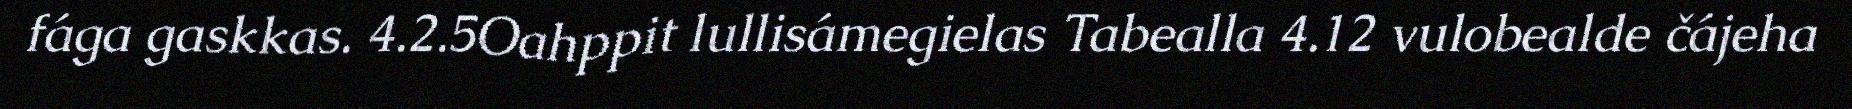
fága gaskkas. 4.2.5Oahppit lullisámegielas Tabealla 4.12 vulobealde čájeha